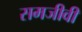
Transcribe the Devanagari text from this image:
समजीवी